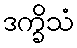
ဒက္ခိသံ